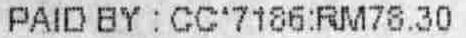
PAID BY : CC'7186:RM78.30